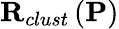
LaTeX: \mathbf{R}_{clust}\left(\mathbf{P}\right)